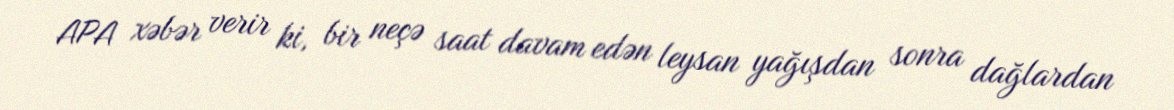
APA xəbər verir ki, bir neçə saat davam edən leysan yağışdan sonra dağlardan